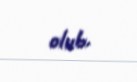
olub.